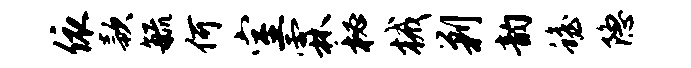
依款毓何室霖秘械剿韵蟾隐